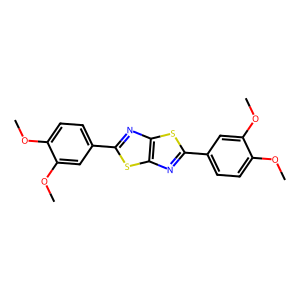
SMILES: COc1ccc(-c2nc3sc(-c4ccc(OC)c(OC)c4)nc3s2)cc1OC
Inhibits HIV replication: No